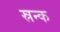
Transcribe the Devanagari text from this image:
स्रन्क